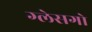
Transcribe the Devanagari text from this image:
ग्लेसगो